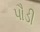
પૌડી